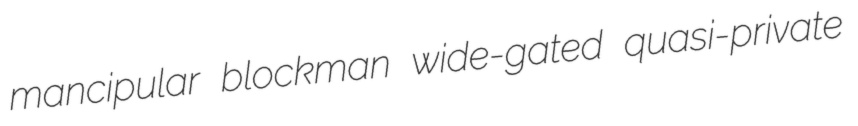
mancipular blockman wide-gated quasi-private